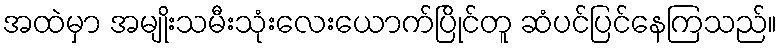
အထဲမှာ အမျိုးသမီးသုံးလေးယောက်ပြိုင်တူ ဆံပင်ပြင်နေကြသည်။